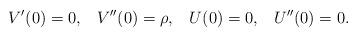
LaTeX: \begin{align*}V'(0) = 0, \; \; \; V''(0) = \rho, \; \; \; U(0) = 0, \; \; \; U''(0) = 0.\end{align*}